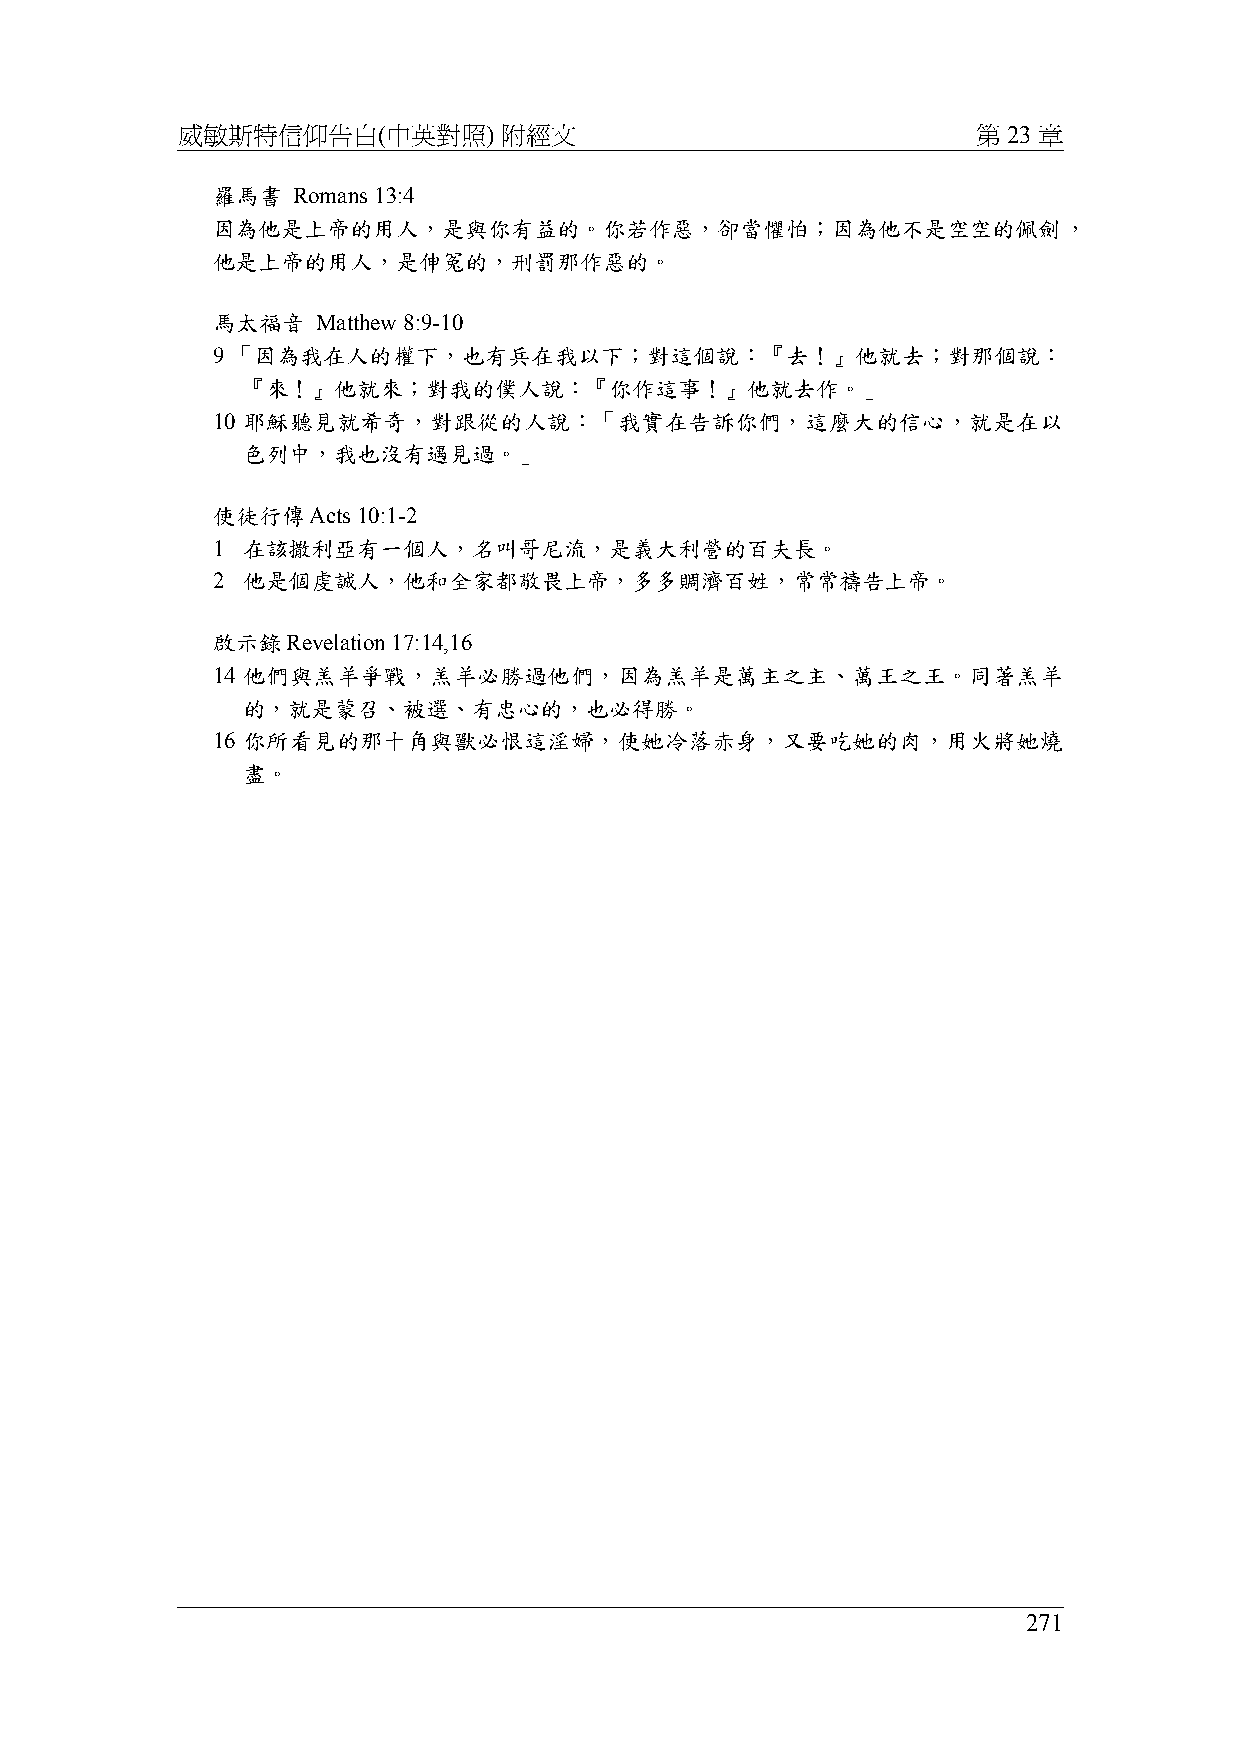
威敏斯特信仰告白(中英對照)       附經文                             第 23 章
 羅馬書  Romans 13:4
 因為他是上帝的用人，是與你有益的。你若作惡，卻當懼怕；因為他不是空空的佩劍，
 他是上帝的用人，是伸冤的，刑罰那作惡的。
 馬太福音   Matthew 8:9-10
 9 「因為我在人的權下，也有兵在我以下；對這個說：『去！』他就去；對那個說：
 『來！』他就來；對我的僕人說：『你作這事！』他就去作。」
 10 耶穌聽見就希奇，對跟從的人說：「我實在告訴你們，這麼大的信心，就是在以
 色列中，我也沒有遇見過。」
 使徒行傳Acts  10:1-2
 1 在該撒利亞有一個人，名叫哥尼流，是義大利營的百夫長。
 2 他是個虔誠人，他和全家都敬畏上帝，多多賙濟百姓，常常禱告上帝。
 啟示錄Revelation 17:14,16
 14 他們與羔羊爭戰，羔羊必勝過他們，因為羔羊是萬主之主、萬王之王。同著羔羊
 的，就是蒙召、被選、有忠心的，也必得勝。
 16 你所看見的那十角與獸必恨這淫婦，使她冷落赤身，又要吃她的肉，用火將她燒
 盡。
 271